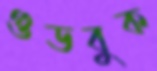
গুডবুক